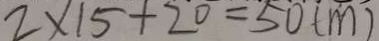
2 \times 1 5 + 2 0 = 5 0 ( m )